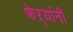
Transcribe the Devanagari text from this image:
फेऱ्यांनी